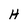
Character: H